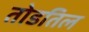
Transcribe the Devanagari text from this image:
तोडतिल